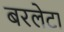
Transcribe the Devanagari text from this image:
बरलेटा